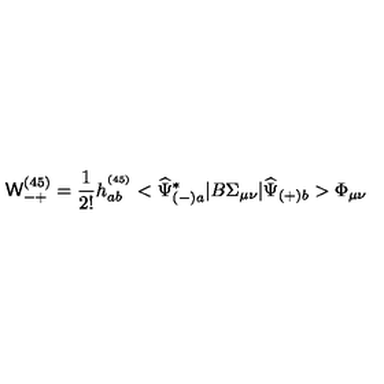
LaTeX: { \mathsf W } _ { - + } ^ { ( 4 5 ) } = \frac { 1 } { 2 ! } h _ { a b } ^ { ^ { ( 4 5 ) } } < \widehat { \Psi } _ { ( - ) a } ^ { * } | B \Sigma _ { \mu \nu } | \widehat { \Psi } _ { ( + ) b } > \Phi _ { \mu \nu }